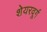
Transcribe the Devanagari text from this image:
शेयरवूर्ग